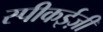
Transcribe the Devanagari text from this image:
स्पीकईज़ी